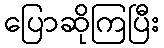
ပြောဆိုကြပြီး